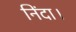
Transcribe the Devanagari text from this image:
निंदा।